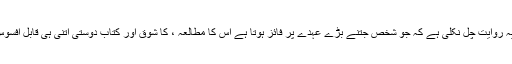
ہمارے ہاں یہ روایت چل نکلی ہے کہ جو شخص جتنے بڑے عہدے پر فائز ہوتا ہے اس کا مطالعہ ، کا شوق اور کتاب دوستی اتنی ہی قابل افسوس ہو تی ہے۔